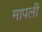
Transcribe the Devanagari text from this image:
मापली